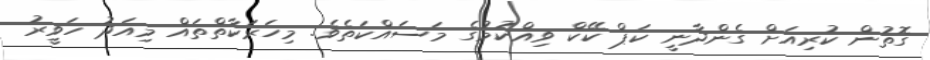
ގޮތުން ކުރިއަށް ގެންދާނީ ކަޕް ކޭކް ވިއްކުމުގެ މަސައްކަތެވެ. މިހަރަކާތްތައް މިއަދު ހަވީރު